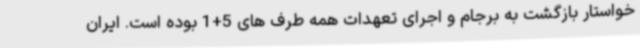
خواستار بازگشت به برجام و اجرای تعهدات همه طرف های 5+1 بوده است. ایران